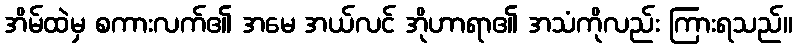
အိမ်ထဲမှ စကားလက်၏ အမေ အယ်လင် အိုဟာရာ၏ အသံကိုလည်း ကြားရသည်။